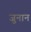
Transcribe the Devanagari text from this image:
जुनान